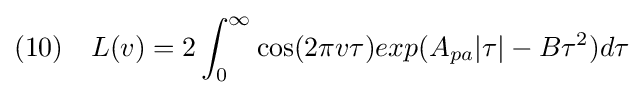
(10)\quad L(v)=2\int _{0}^{\infty }\cos(2\pi v\tau )exp(A_{pa}|\tau |-B\tau ^{2})d\tau